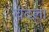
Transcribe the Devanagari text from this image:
चंदला